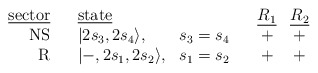
\begin{align*}\begin{array}{r c l c c c c}\mbox{\underline{sector}}&{}&\mbox{\underline{state}}&{}&{}&\mbox{\underline{$R_1$}}&\mbox{\underline{$R_2$}}\\\mbox{NS}&{}&|2s_3,2s_4\rangle,&s_3=s_4&{}&+&+\\\mbox{R}&{}&|-,2s_1,2s_2\rangle,&s_1=s_2&{}&+&+\\\end{array}\end{align*}